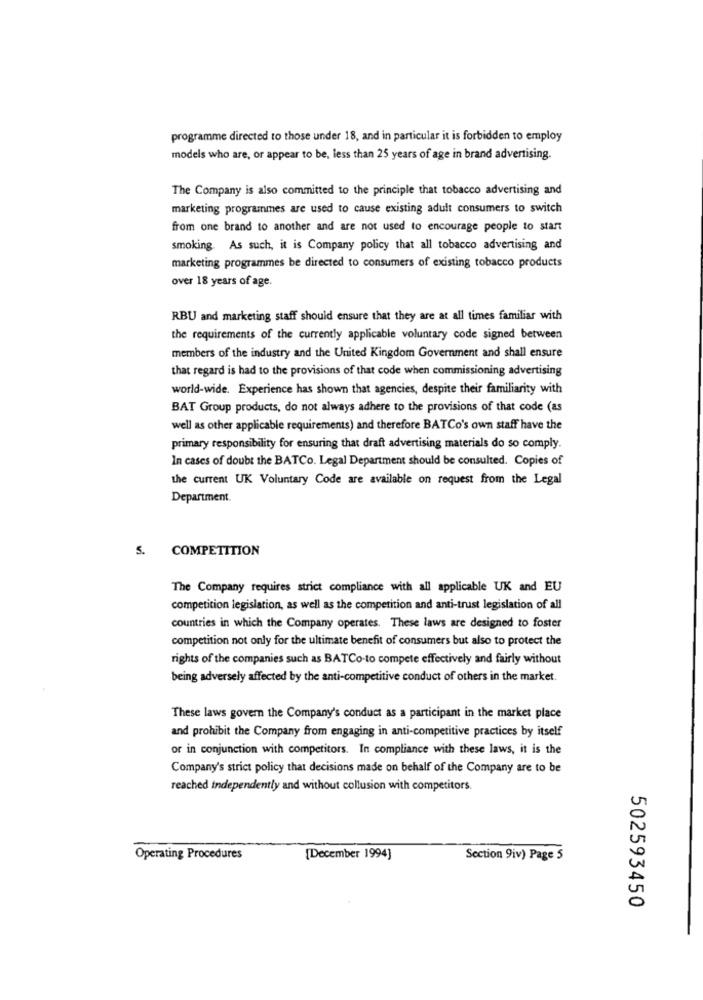
programme directed to those under 18, and in particular it is forbidden to employ
models who are, or appear to be, less than 25 years of age in brand advertising.
The Company is also committed to the principle that tobacco advertising and
marketing programmes are used to cause existing adult consumers to switch
from one brand to another and are not used to encourage people to start
smoking. As such, it is Company policy that all tobacco advertising and
marketing programmes be directed to consumers of existing tobacco products
over 18 years of age.
RBU and marketing staff should ensure that they are at all times familiar with
the requirements of the currently applicable voluntary code signed between
members of the industry and the United Kingdom Government and shall ensure
that regard is had to the provisions of that code when commissioning advertising
world-wide. Experience has shown that agencies, despite their familiarity with
BAT Group products, do not always adhere to the provisions of that code (as
well as other applicable requirements) and therefore BATCo's own staff have the
primary responsibility for ensuring that draft advertising materials do so comply.
In cases of doubt the BATCo. Legal Department should be consulted. Copies of
the current UK Voluntary Code are available on request from the Legal
Department.
5.
COMPETITION
The Company requires strict compliance with all applicable UK and EU
competition legislation, as well as the competition and anti-trust legislation of all
countries in which the Company operates. These laws are designed to foster
competition not only for the ultimate benefit of consumers but also to protect the
rights of the companies such as BATCo-to compete effectively and fairly without
being adversely affected by the anti-competitive conduct of others in the market.
These laws govern the Company's conduct as a participant in the market place
and prohibit the Company from engaging in anti-competitive practices by itself
or in conjunction with competitors. In compliance with these laws, it is the
Company's strict policy that decisions made on behalf of the Company are to be
reached independently and without collusion with competitors.
Operating Procedures
[December 1994]
Section 9iv) Page 5
502593450